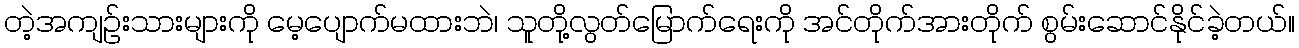
တဲ့အကျဉ်းသားများကို မေ့ပျောက်မထားဘဲ၊ သူတို့လွတ်မြောက်ရေးကို အင်တိုက်အားတိုက် စွမ်းဆောင်နိုင်ခဲ့တယ်။